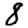
Digit: 8